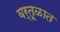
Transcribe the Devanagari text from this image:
वर्तूळात